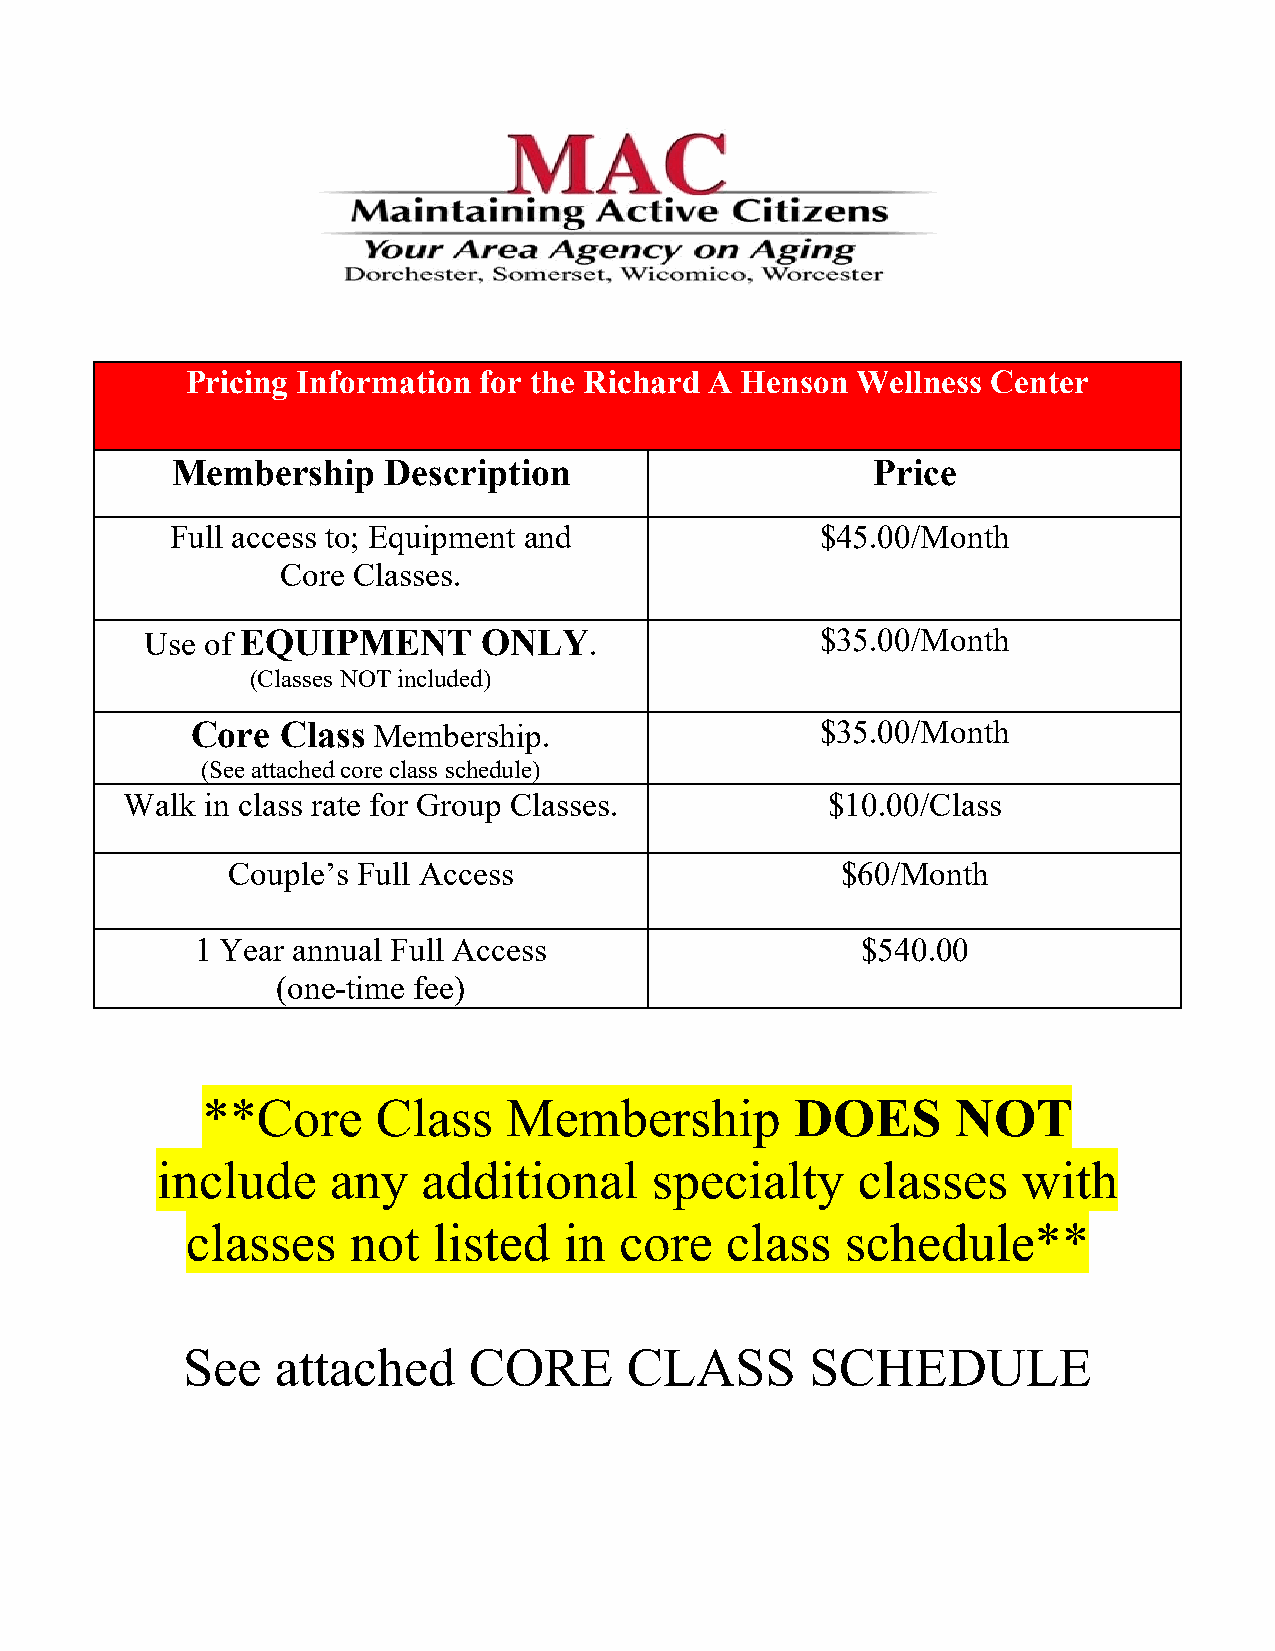
Pricing Information for the Richard A Henson Wellness Center
 Membership     Description                     Price
 Full access to; Equipment and              $45.00/Month
 Core Classes.
 Use of EQUIPMENT      ONLY.                 $35.00/Month
 (Classes NOT included)
 Core  Class Membership.                  $35.00/Month
 (See attached core class schedule)
 Walk in class rate for Group Classes.          $10.00/Class
 Couple’s Full Access                     $60/Month
 1 Year annual Full Access                   $540.00
 (one-time fee)
 **Core      Class    Membership         DOES      NOT
 include     any   additional     specialty     classes    with
 classes    not   listed  in  core   class   schedule**
 See   attached     CORE      CLASS        SCHEDULE